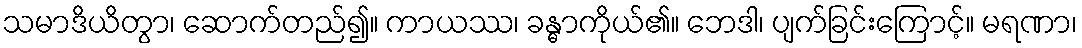
သမာဒိယိတွာ၊ ဆောက်တည်၍။ ကာယဿ၊ ခန္ဓာကိုယ်၏။ ဘေဒါ၊ ပျက်ခြင်းကြောင့်။ မရဏာ၊